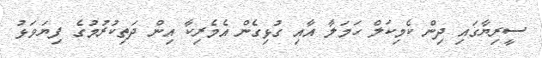
ސީރިޔާގައި ދިން ކެމިކަލް ހަމަލާ އާއި ގުޅިގެން އެމެރިކާ އިން ދަތިކުރުމުގެ ފިޔަވަޅު